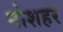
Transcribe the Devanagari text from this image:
नोशहर